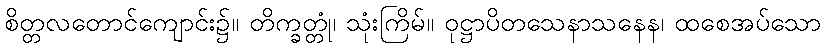
စိတ္တလတောင်ကျောင်း၌။ တိက္ခတ္တုံ၊ သုံးကြိမ်။ ဝုဋ္ဌာပိတသေနာသနေန၊ ထစေအပ်သော